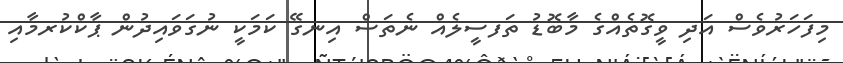
މިފަހަރުވެސް އަދި ވީގޮތެއްގެ މާބޮޑު ތަފސީލެއް ނެތަސް އިނގޭ ކަމަކީ ނުގަވައިދުން ޕާކްކުުރމާއި